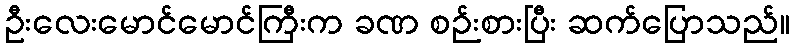
ဦးလေးမောင်မောင်ကြီးက ခဏ စဉ်းစားပြီး ဆက်ပြောသည်။